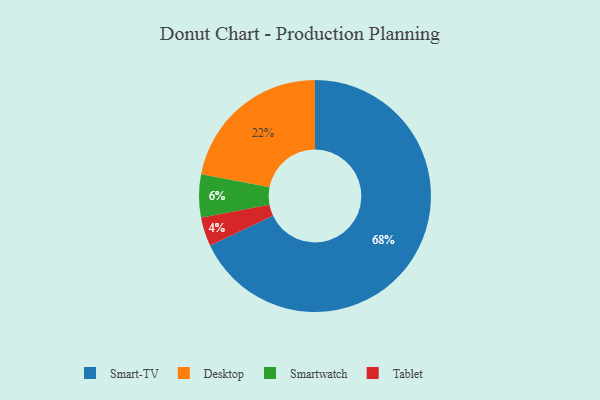
{"axis": {"x": "Category", "y": "Percentage"}, "legend": ["Desktop", "Smart-TV", "Smartwatch", "Tablet"], "data": [{"x": "Smart-TV", "y": 68, "type": "Smart-TV"}, {"x": "Tablet", "y": 4, "type": "Tablet"}, {"x": "Desktop", "y": 22, "type": "Desktop"}, {"x": "Smartwatch", "y": 6, "type": "Smartwatch"}]}